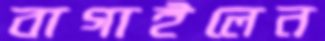
বাগাইলেন